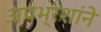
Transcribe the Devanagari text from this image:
अपभ्रशांने